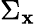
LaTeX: \Sigma_{\mathbf{x}}